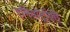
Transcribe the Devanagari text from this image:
एमियोट्रॉफ़ी